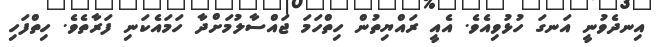
އިނދެވުނީ އަނގަ ހުޅުވިއެވެ. އެއީ ރައްޔިތުން ހިތްހަމަ ޖައްސާލުމަށްދާ ހަމައެކަނި ފަރާތެވެ. ހިތްފަހި